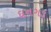
ઘનગડ